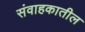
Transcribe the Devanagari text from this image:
संवाहकातील